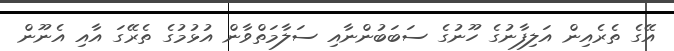
އޭގެ ތެރެއިން އަލިފާނުގެ ހޫނުގެ ސަބަބުންނާއި ސަލާމަތްވާން އުޅުމުގެ ތެރޭގަ އާއި އެނޫން